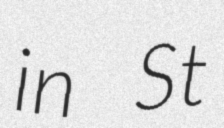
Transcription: in St